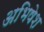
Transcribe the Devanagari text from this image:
अभिषेश